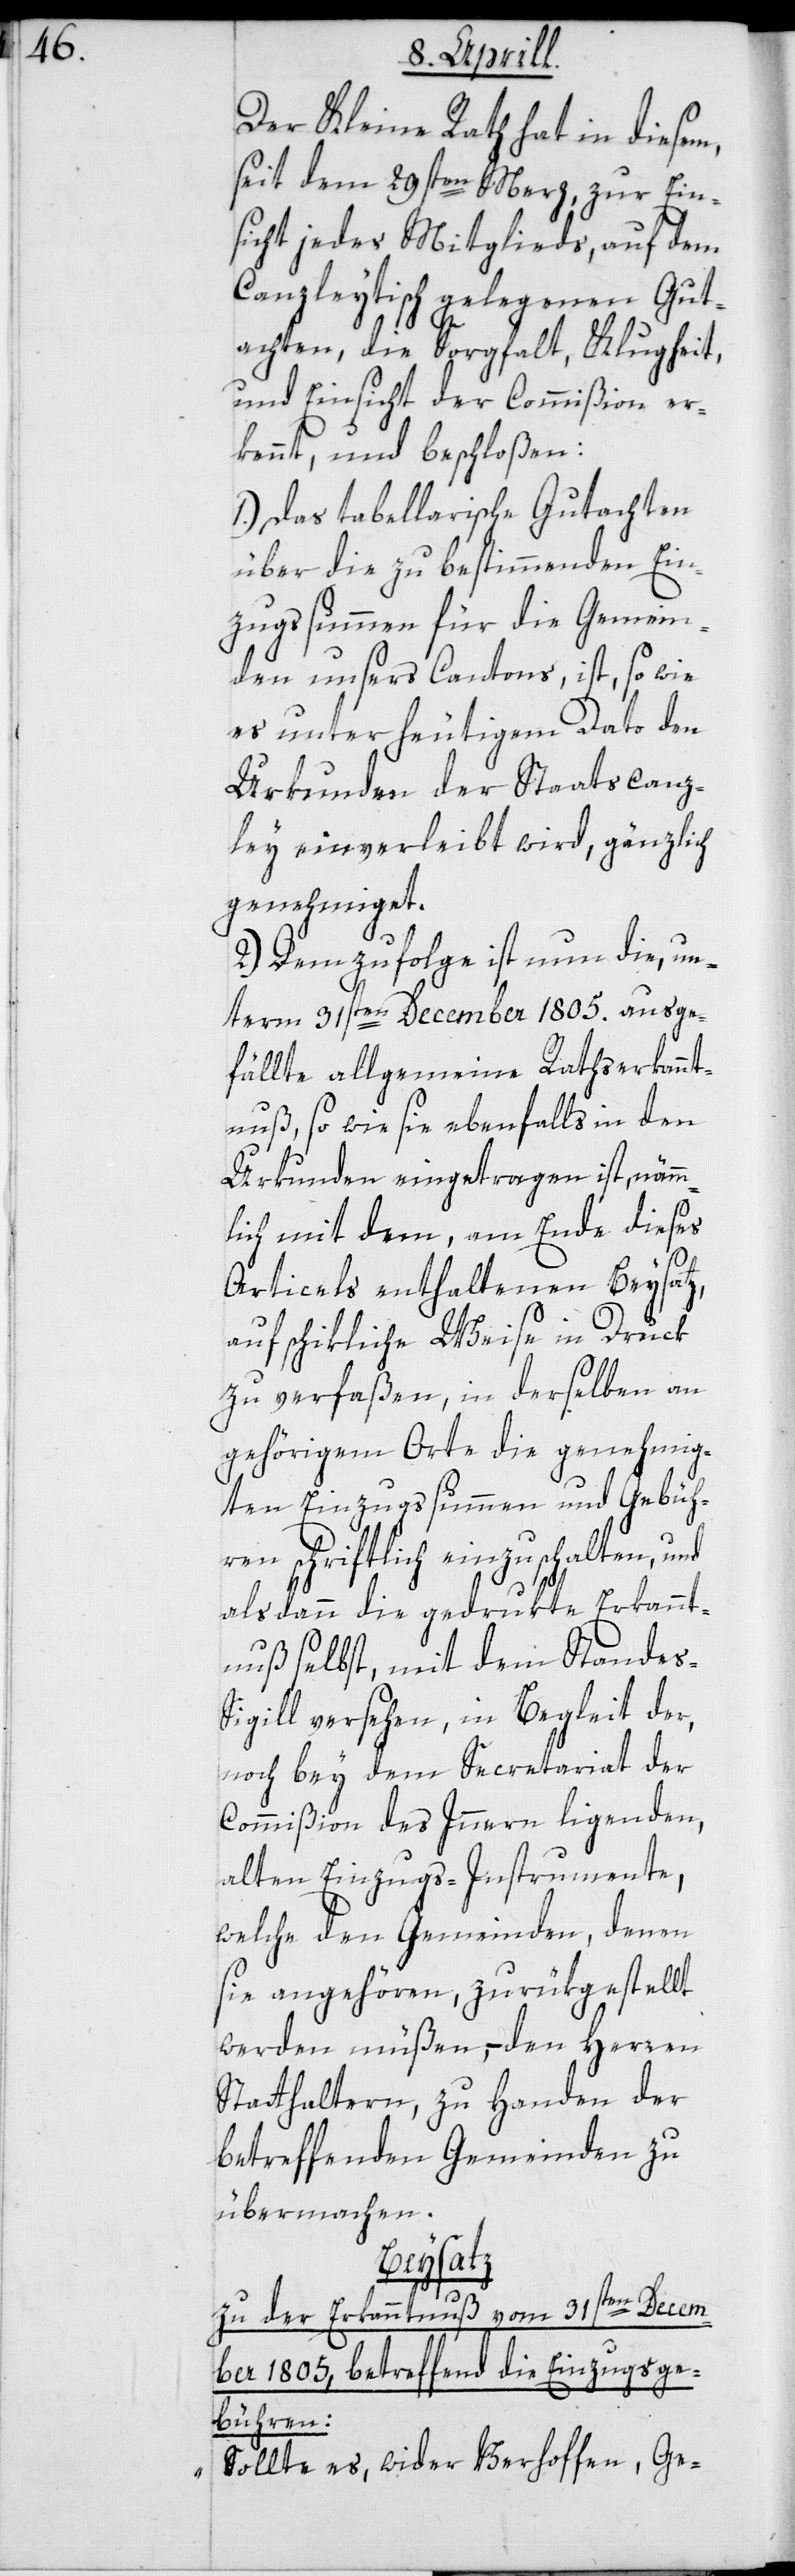
Der Kleine Rath hat in diesem,
seit dem 29sten Merz zur Ein¬
sicht jedes Mitglieds, auf dem
Canzleytisch gelegenen Gut¬
achten, die Sorgfalt, Klugheit
und Einsicht der Commißion er¬
kennt ,und beschloßen:
1.) Das tabellarische Gutachten
über die zu bestimmenden Ein¬
zugssummen für die Gemein¬
den unsers Cantons, ist, so wie
es unter heutigem Dato den
Urkunden der Staatscanz¬
ley einverleibt wird, gänzlich
genehmiget.
2.) Demzufolge ist nun die, un¬
term 31sten December 1805. ausge¬
fällte allgemeine Rathserkannt¬
nuß, so wie sie ebenfalls in den
Urkunden eingetragen ist, nämm¬
lich mit dem, am Ende dieses
Articuls enthaltenen Beysatz,
auf schikliche Weise in Druck
zu verfaßen, in derselben an
gehörigem Orte die genehmig¬
ten Einzugssummen und Gebüh¬
ren schriftlich einzuschalten und
alsdann die gedrukte Erkannt¬
nuß selbst, mit dem Standes-S¬
igill versehen, in Begleit der,
noch bey dem Secretariat der
Commißion des Innern ligenden,
alten Einzugs-Instrumente,
welche den Gemeinden, denen
sie angehören, zurükgestellt
werden müßen, – den Herren
Statthaltern, zu Handen der
betreffenden Gemeinden zu
übermachen.
Beysatz
vom 31sten Decem¬
zu der Erkanntnuß
die Einzugsge¬
ber 1805, betreffend
bühren:
„Sollte es, wider Verhoffen, Ge-